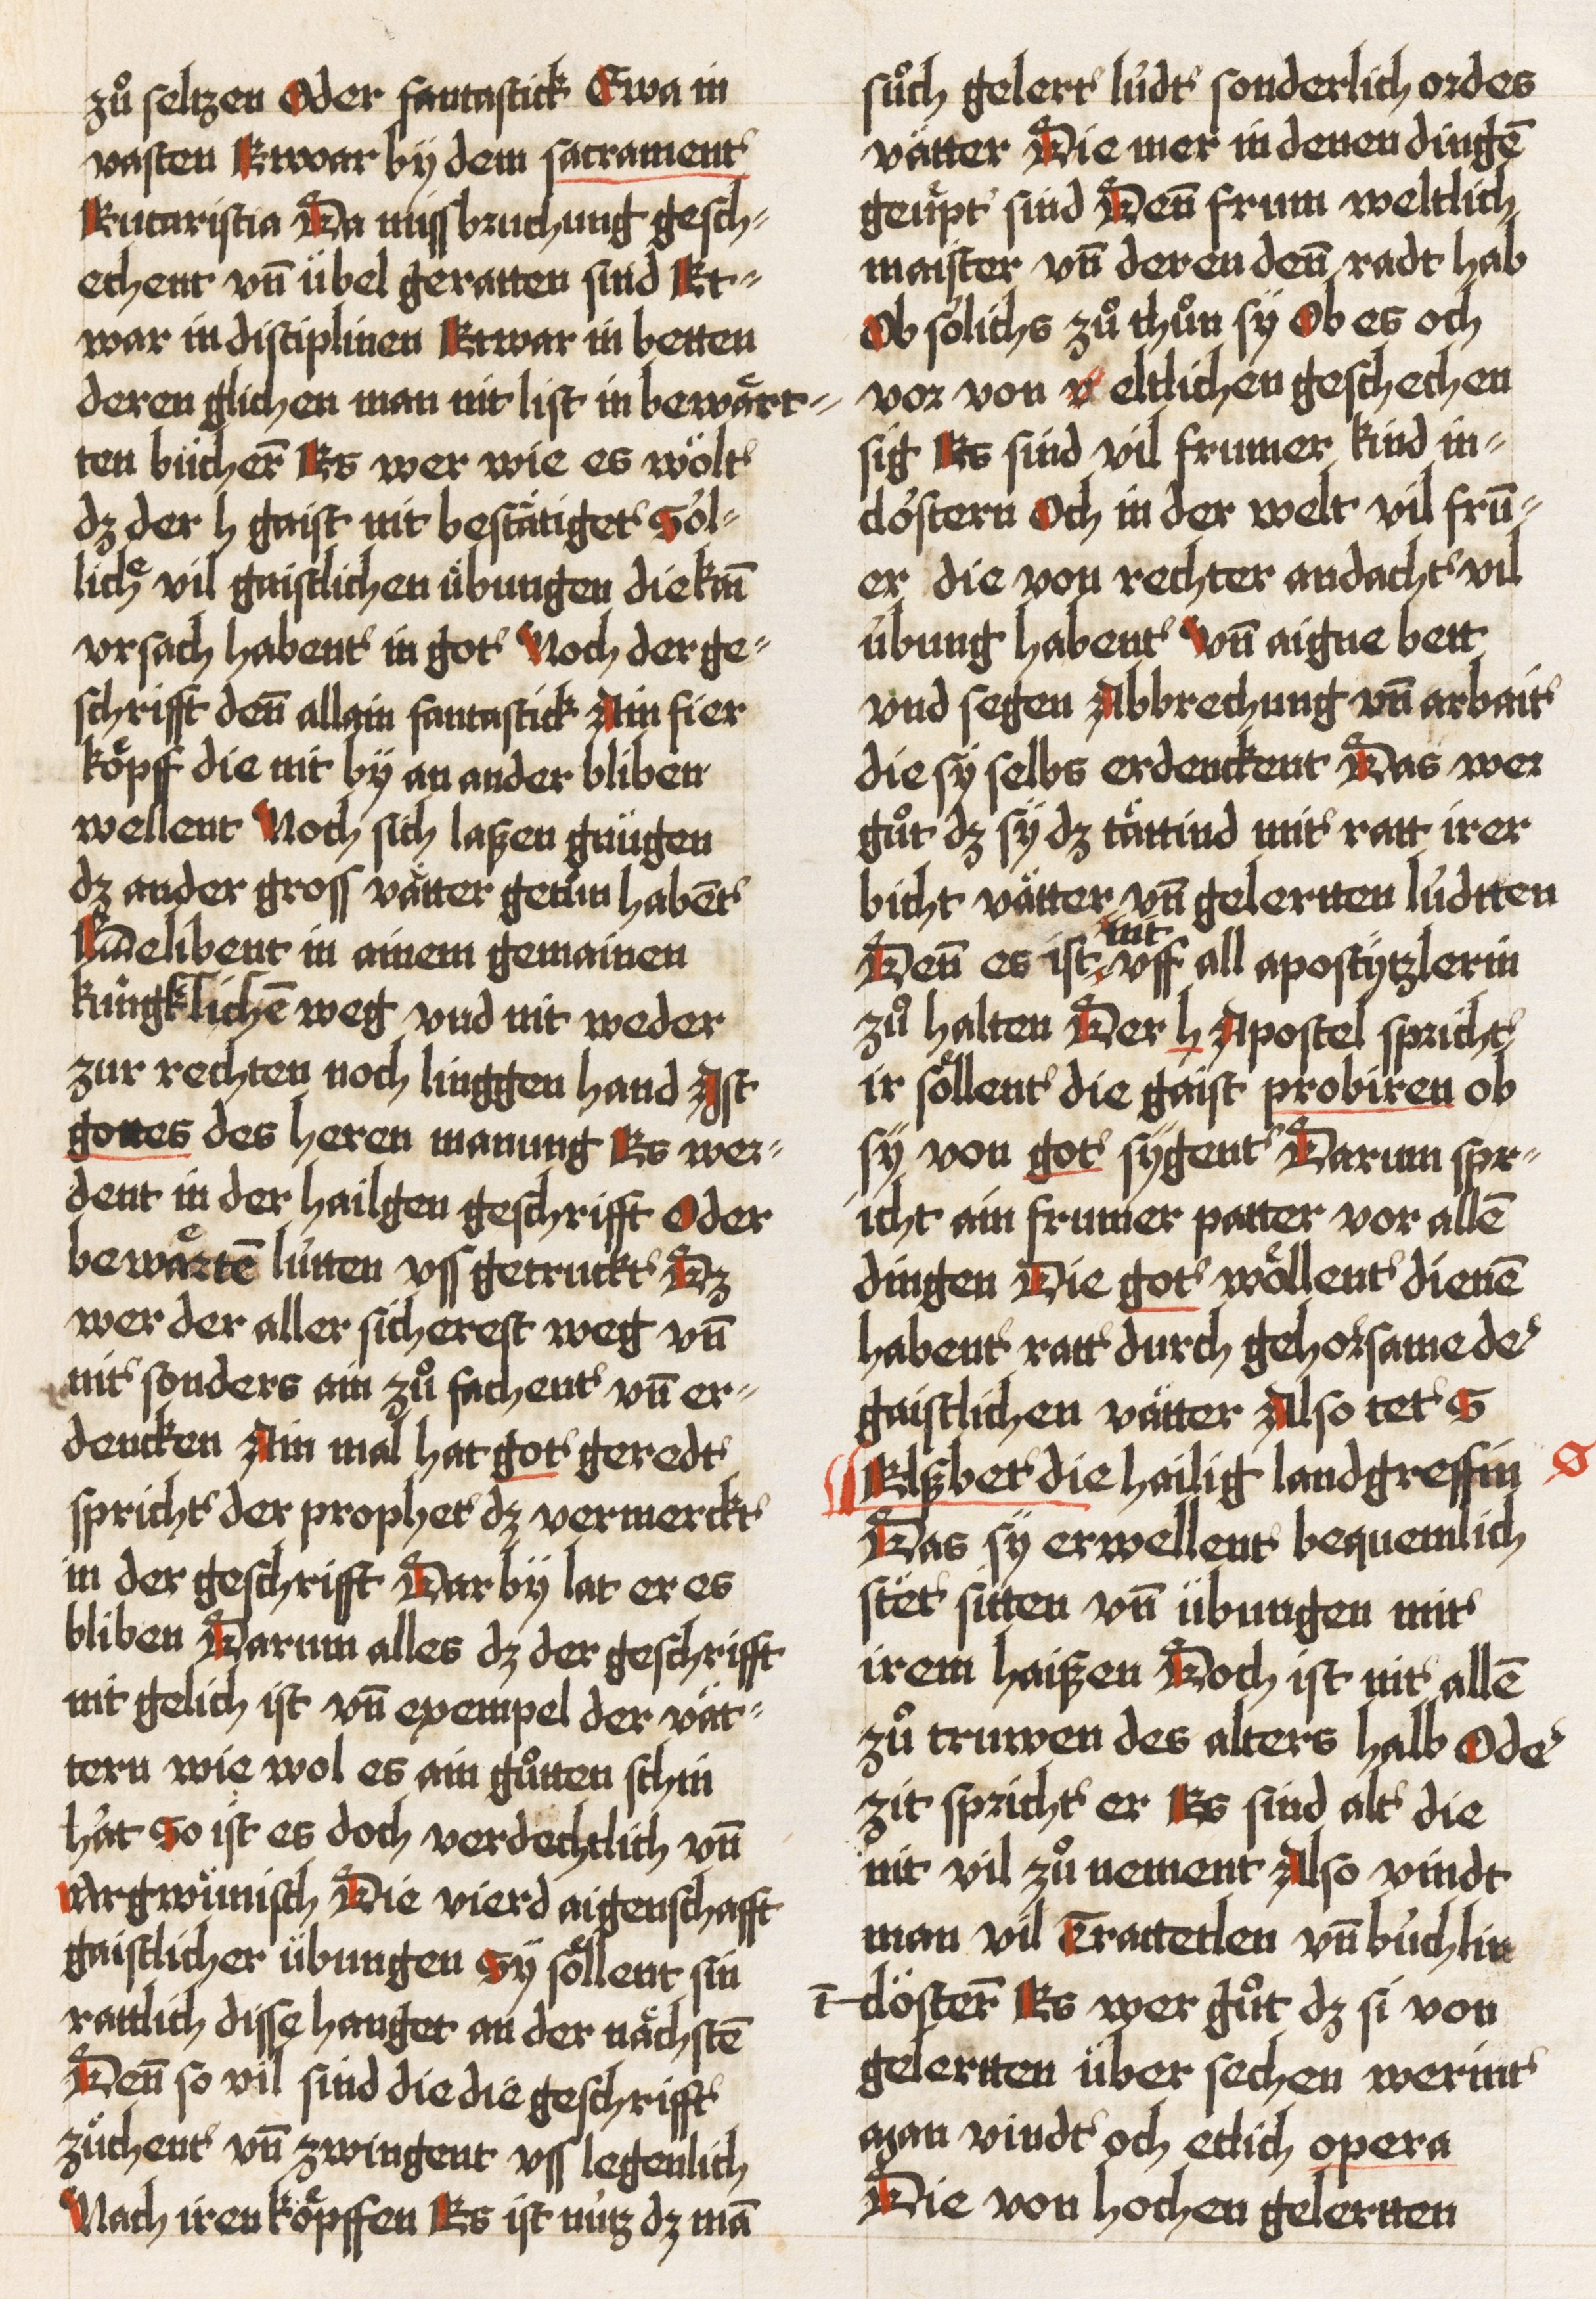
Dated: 1521–1522